Civil Veterinary Dept. Bombay admin report 1893-99 - 1893-1899
Year: 1893
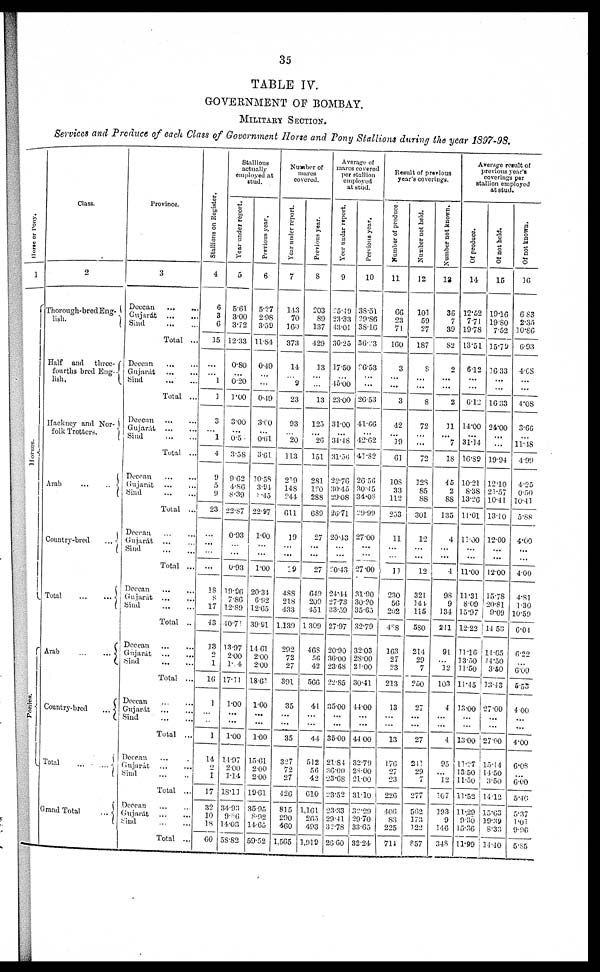
35
TABLE IV.
GOVERNMENT OF BOMBAY.
MILITARY SECTION.
Services and Produce of each Class of Government Horse and Pony Stallions during the year 1897-98.
Horse
or
Pony.
1
Horses.
Ponies.
Class.
2
Thorough-bred Eng-
lish.
Half and
three-
fourths bred Eng-
lish.
Hackney and Nor-
folk Trotters.
Arab
Country-bred
Total
Arab
...
...
Country-bred
...
Total
...
...
Grand Total
...
Province.
3
Deccan. ...
...
Gujarát ...
Sind
...
...
Total ...
Deccan ... ...
Gujarát
...
...
Sind ... ...
Total ...
Deccant ... ...
Gujarát
...
...
Sind
...
...
Total ...
Deccan
...
...
Gujarát ... ...
Sind
...
...
Total ...
Deccan
...
...
Gujarát ...
Sind ... ...
Total ...
Deccan ... ...
Gujarát ... ...
Sind ... ...
Total ..
Deccan ... ...
Gujarát ...
...
Sind ... ...
Total ...
Deccan ... ...
Gujarát
...
...
Sind ... ...
Total ...
Deccan ... ...
Gujarát ...
...
Sind ... ...
Total ...
Deccan
...
...
Gujarát
...
...
Sind
...
...
Total ...
Stallions on Register.
4
6
3
6
35
...
... 1
1
3
... 1
4
9
5
9
23
...
...
...
...
18
8
17
43
13
2
1
16
1
...
...
1
14
2
1
17
32
10
18
60
Stallions
actually
employed at
stud.
Year under report.
5
5.61
3.00
3.72
12.33
0.80
...
0.20
1.00
3.00
...
0.5
3.58
9.62
4.86
8.39
22.87
0.93
...
...
0.93
19.90
7.8G
12.89
40.71
13.97
2.00
1. 4
17.11
1.00
...
...
1.00
11.97
2.00
1.14
18.11
34.93
9.86
14.03
58.82
Previous year.
6
5.27
2.98
3.59
11.84
0.49
...
...
0.49
3.60
...
0.61
3.61
10.58
3.94
8.45
22.97
1.00
...
...
1.00
20.34
6.92
12.65
39.91
14 61
2.00
2.00
18.61
1.00
...
...
1.00
15.61
2.00
2.00
19.61
35.95
8.92
14.65
59.52
Number of
mares
covered.
Year under report.
7
143
70
160
373
14
... 9
23
93
... 20
113
219
148
244
611
19
...
...
29
488
218
433
1,139
292
72
27
391
35
...
...
35
3.27
72
27
426
815
290
460
1,565
Previous year.
8
203
89
137
429
13
...
...
13
125
...
26
151
281
120
288
689
27
...
...
27
649
209
451
1309
468
56
42
566
44
...
...
44
512
56
42
610
1,161
265
493
1,919
Average of
mares covered
per stallion
employed
at stud.
Year
undar report.
9
25.49
23.33
43.01
30.25
17.50
...
45.00
23.00
31.00
...
34.48
31.56
22.76
30.45
29.08
26.71
20.43
...
...
20.43
24.44
27.73
33.59
27.97
20.90
36.00
23.68
22.85
35.00
...
...
35.00
21.84
36.00
23.68
23.52
23.33
29.41
32.78
26.60
Previous year.
10
38.51
29.86
38.16
36.93
26.53
...
...
26.53
41.66
4.2.62
41.82
26.56
30.45
34.08
29.99
27.00
...
...
27.00
31.90
30.20
35.65
32.79
32.03
28.00
21.00
30.41
44.00
...
...
44.00
32.79
28.00
21.00
31.10
32.20
29.70
33.65
32.24
Result of previous
year's coverings.
Number
of produce.
11
66
23
71
160
3
...
...
3
42
...
19
61
108
33
112
253
11
...
11
230
56
202
488
163
27
23
213
13
...
...
13
176
27
23
226
406
83
225
714
Number not held.
12
101
59
27
187
8
...
...
8
72
...
...
72
128
85
88
301
12
...
...
12
321
144
115
580
214
29
7
250
27
...
...
27
241
29
7
277
562
173
122
857
Number
not known.
13
36
7
39
82
2
...
...
2
11
... 7
18
45
2
88
135
4
...
...
4
98
9
134
241
91
...
12
103
4
...
...
4
95
...
12
107
193
9
146
348
Average result of
previous year's
coverings per
Stallion employed
at stud.
Of produce.
14
12.52
7.71
19.78
13.51
6.12
...
...
6.12
14.00
...
31.14
16.89
10.21
8.38
13.26
11.01
11.00
...
...
11.00
11.31
8.09
15.97
12.22
11.16
13.50
11.50
11.45
13.00
...
...
13.00
11.27
13.50
11.50
11.52
11.29
9.30
15.36
11.99
Of not held.
15
19.16
19.80
7.52
15.79
1633
...
...
16.33
24.00
...
...
19.94
12.10
21.57
10.41
13.10
12.00
...
...
12.00
15.78
20.81
9.09
14 53
14.65
11.50
3.50
13.43
27.00
...
...
27.00
15.14
14.50
3.50
14.12
15.63
19.39
8.33
14.40
Of not known.
16
6.83
2.35
10.86
6.93
4.08
...
...
4.08
3.66
...
11.48
4.99
4.25
0.50
10.41
5.88
4.00
...
...
4.00
4.81
1.30
10.59
6.04
6.22
...
6.00
5.55
4.00
...
...
4.00
6.08
...
6.00
5.46
5.37
1.01
9.96
5.85